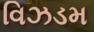
વિઝડમ